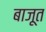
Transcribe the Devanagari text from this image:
बाजूत